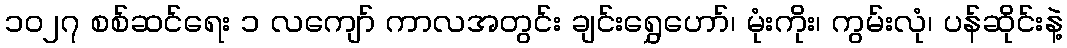
၁၀၂၇ စစ်ဆင်ရေး ၁ လကျော် ကာလအတွင်း ချင်းရွှေဟော်၊ မုံးကိုး၊ ကွမ်းလုံ၊ ပန်ဆိုင်းနဲ့